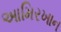
આમિરખાન